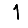
Digit: 1